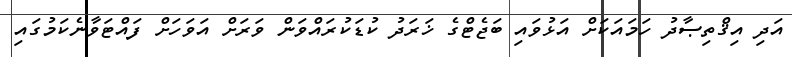
އަދި އިޤްތިޞާދު ހަމައަކަށް އަޅުވައި ބަޖެޓްގެ ޚަރަދު ކުޑަކުރައްވަން ވަރަށް އަވަހަށް ފައްޓަވާނެކަމުގައި